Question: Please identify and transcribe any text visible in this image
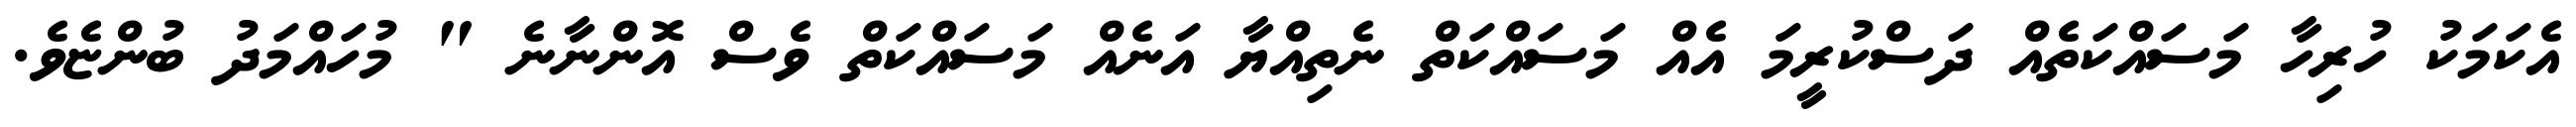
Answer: އެކަމަކު ހުރިހާ މަސައްކަތެއް ދަސްކުރީމަ އެއް މަސައްކަތް ނެތިއްޔާ އަނެއް މަސައްކަތް ވެސް އޮންނާނެ " މުހައްމަދު ބުންޏެވެ.